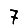
Digit: 7